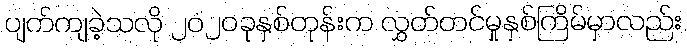
ပျက်ကျခဲ့သလို ၂၀၂၀ခုနှစ်တုန်းက လွှတ်တင်မှုနှစ်ကြိမ်မှာလည်း